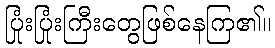
ပြုံးပြုံးကြီးတွေဖြစ်နေကြ၏။